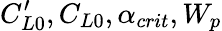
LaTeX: C_{L0}^{\prime},C_{L0},\alpha_{crit},W_{p}